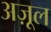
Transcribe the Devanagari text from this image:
अज़ूल